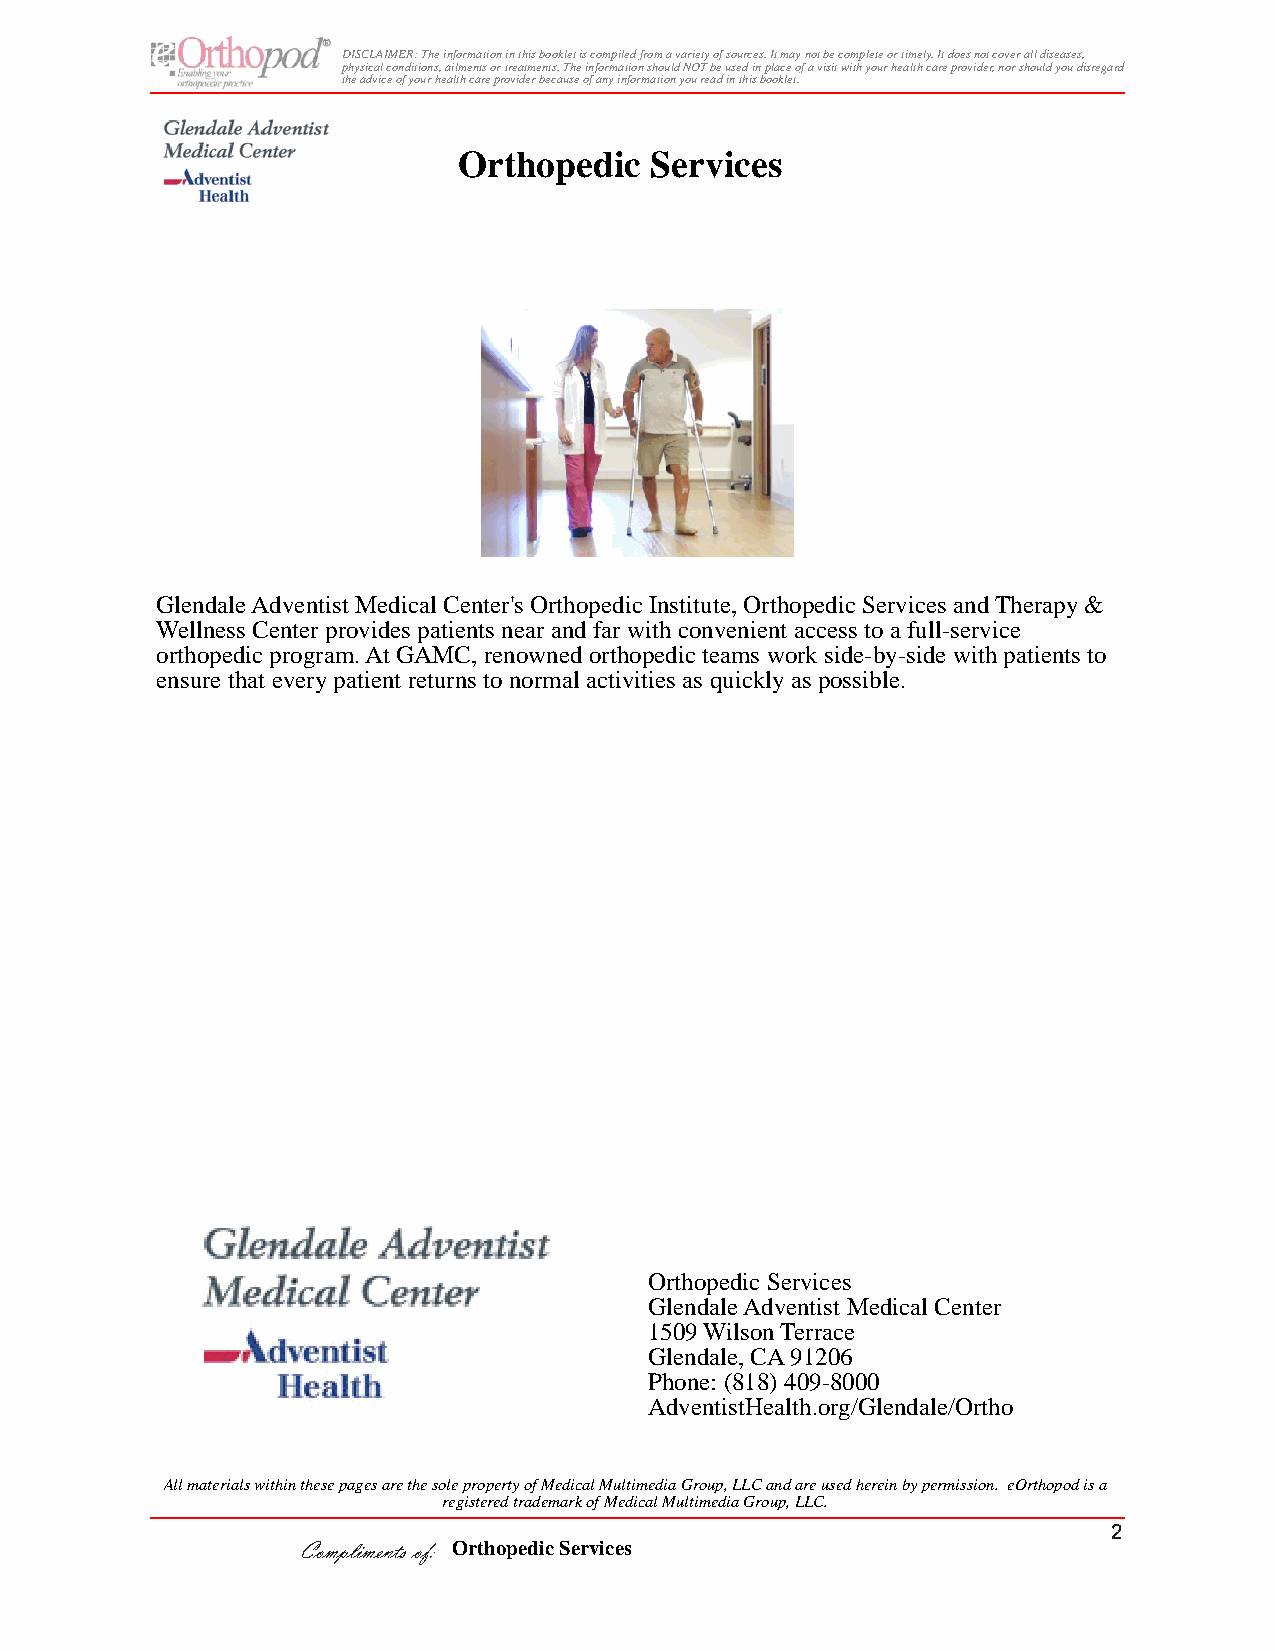
DISCLAIMER: The information in this booklet is compiled from a variety of sources. It may not be complete or timely. It does not cover all diseases,
 physical conditions, ailments or treaAtme nPtsa. Tthiee innfotr'msa tGionu sihdoueld NtoOT Gbe ousuedt in place of a visit with your health care provider, nor should you disregard
 the advice of your health care provider because of any information you read in this booklet.
 Orthopedic   Services
 Glendale Adventist Medical Center's Orthopedic Institute, Orthopedic Services and Therapy &
 Wellness Center provides patients near and far with convenient access to a full-service
 orthopedic program. At GAMC, renowned orthopedic teams work side-by-side with patients to
 ensure that every patient returns to normal activities as quickly as possible.
 Orthopedic Services
 Glendale Adventist Medical Center
 1509 Wilson Terrace
 Glendale, CA 91206
 Phone: (818) 409-8000
 AdventistHealth.org/Glendale/Ortho
 All materials within these pages are the sole property of Medical Multimedia Group, LLC and are used herein by permission. eOrthopod is a
 registered trademark of Medical Multimedia Group, LLC.
 2
 Compliments of: Orthopedic Services